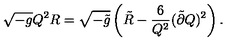
\sqrt { - g } Q ^ { 2 } R = \sqrt { - \tilde { g } } \left( \tilde { R } - \frac { 6 } { Q ^ { 2 } } ( \tilde { \partial } Q ) ^ { 2 } \right) .